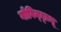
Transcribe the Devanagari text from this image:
गोविन्द्प्रभू